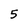
Character: 5